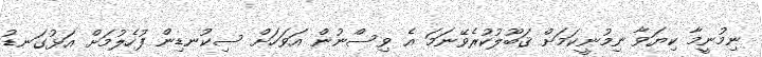
ނިމުނީމާ ކިޔަވާ ނިމުނީކަމަށް ޤަބޫލުކުރެވޭނަމަ އެ ވިސްނުން އަވަހަށް ސިކުނޑިން ފުހެލުމަށް އަޅުގަނޑު